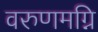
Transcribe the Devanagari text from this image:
वरुणमग्नि